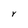
Character: Y